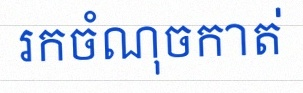
រកចំណុចកាត់